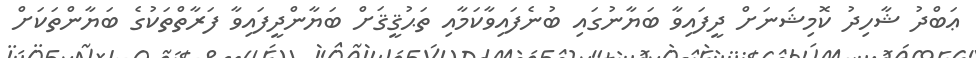
ޢަބްދު ޝާހިދު ކޮމިޝަނަށް ދީފައިވާ ބަޔާނުގައި ބުނެފައިވާކަމާއި ތަޙުޤީޤަށް ބަޔާންދީފައިވާ ފަރާތްތަކުގެ ބަޔާންތަކަށް